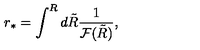
{ r _ { * } } = \int ^ { R } d \tilde { R } \frac { 1 } { { \cal F } ( \tilde { R } ) } ,